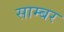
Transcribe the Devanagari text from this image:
साम्बर